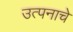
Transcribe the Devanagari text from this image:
उत्पनाचे